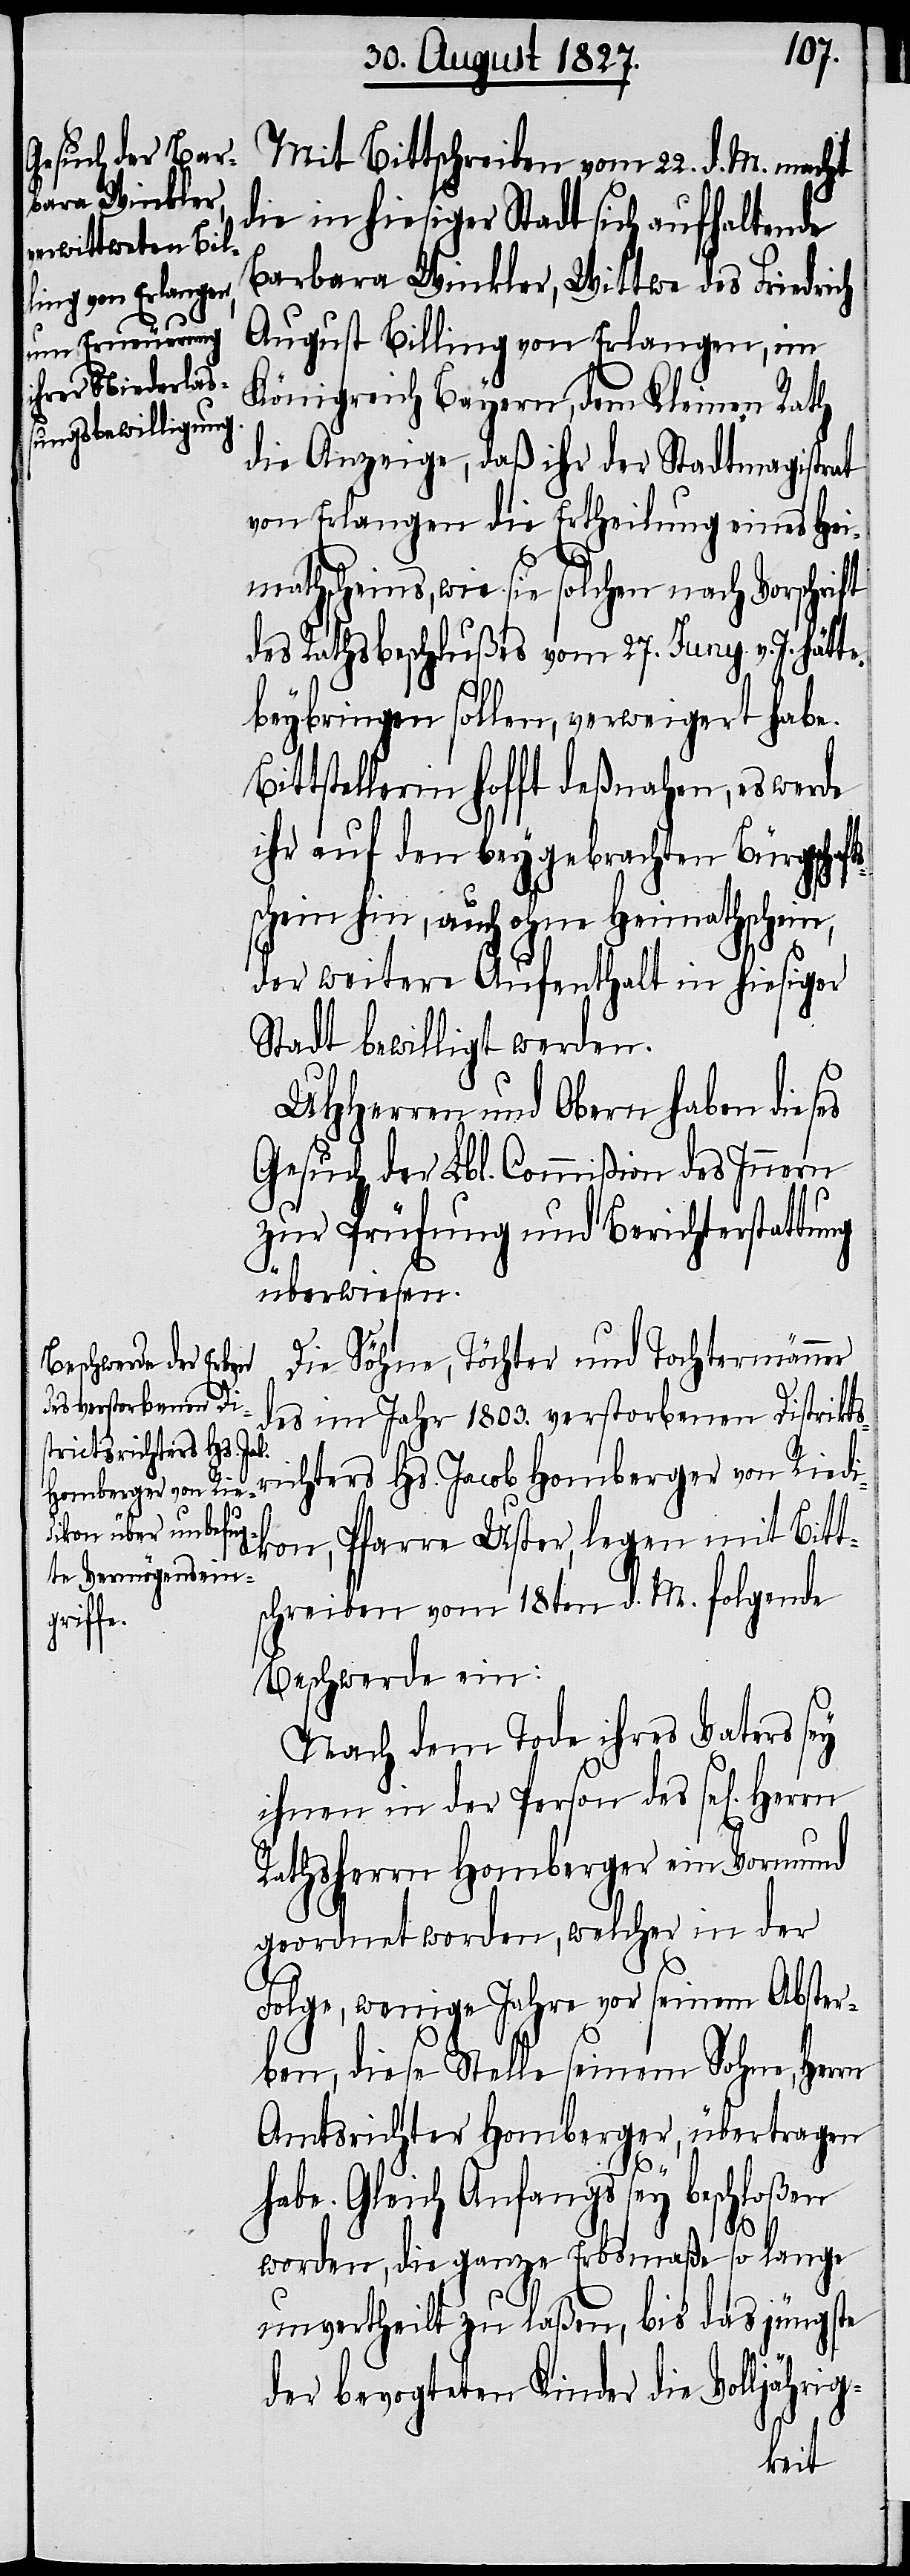
Mit Bittschreiben vom 22. d. M. macht
die in hiesiger Stadt sich aufhaltende
Barbara Winkler, Wittwe des Friedrich
August Billing von Erlangen, im
Königreich Bayern, dem Kleinen Rath
die Anzeige, daß ihr der Stadtmagistrat
von Erlangen die Ertheilung eines Hei¬
mathscheines, wie sie solchen nach Vorschrift
des Rathsbeschlußes vom 27. Juny v. J. hätte
beybringen sollen, verweigert habe.
Bittstellerin hofft deßnahen, es werde
ihr auf den beygebrachten Bürgschaf¬
schein hin, auch ohne Heimathschein,
der weitere Aufenthalt in hiesiger
Stadt bewilligt werden.
UHHerren und Obern haben dieses
Gesuch der Lbl. Commißion des Innern
zur Prüfung und Berichterstattung
überwiesen.
Die Söhne, Töchter und Tochtermänner
des im Jahr 1803. verstorbenen Distrikt¬
ichters Hs. Jacob Homberger von Ried¬
ikon, Pfarre Uster, legen mit Bitt¬
schreiben vom 18ten d. M. folgende
Beschwerde ein:
Nach dem Tode ihres Vaters sey
ihnen in der Person des sel[igen]
Rathsherrn Homberger ein Vormund
geordnet worden, welcher in der
Folge, wenige Jahre vor seinem Abster¬
ben, diese Stelle seinem Sohne, Herrn
Amtsrichter Homberger, übertragen
habe. Gleich Anfangs sey beschloßen
sr¬
worden, die ganze Erbsmaße so lange
unvertheilt zu laßen, bis das jüngst
der bevogteten Kinder die Volljährig-